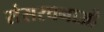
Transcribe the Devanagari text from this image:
संसरचनाओं